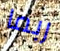
ربما